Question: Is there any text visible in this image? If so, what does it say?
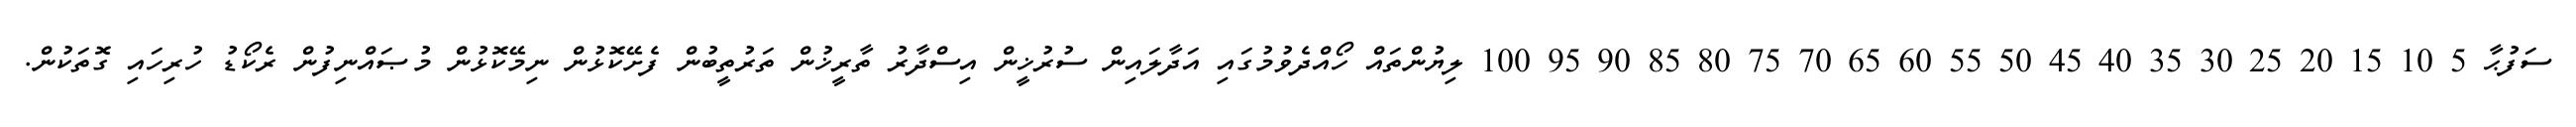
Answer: ސަފުޙާ 5 10 15 20 25 30 35 40 45 50 55 60 65 70 75 80 85 90 95 100 ލިޔުންތައް ހޯއްދެވުމުގައި އަދާލައިން ސުރުޚީން އިސްދާރު ތާރީޚުން ތަރުތީބުން ފެށޭކޮޅުން ނިމޭކޮޅުން މުޞައްނިފުން ރެކޯޑު ހުރިހައި ގޮތަކުން.